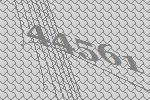
44561